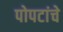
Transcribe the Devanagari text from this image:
पोपटांचे